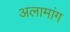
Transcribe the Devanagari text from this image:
अलामांग